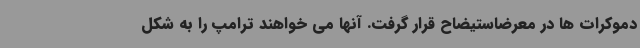
دموکرات ها در معرضاستیضاح قرار گرفت. آنها می خواهند ترامپ را به شکل